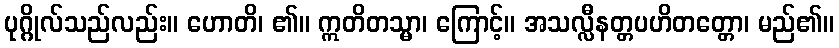
ပုဂ္ဂိုလ်သည်လည်း။ ဟောတိ၊ ၏။ ဣတိတသ္မာ၊ ကြောင့်။ အသလ္လီနတ္တပဟိတတ္တော၊ မည်၏။